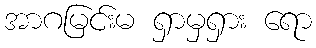
အာဂမြင်းမ ရှာမှရှား ရော